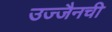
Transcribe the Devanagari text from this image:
उज्जैनची